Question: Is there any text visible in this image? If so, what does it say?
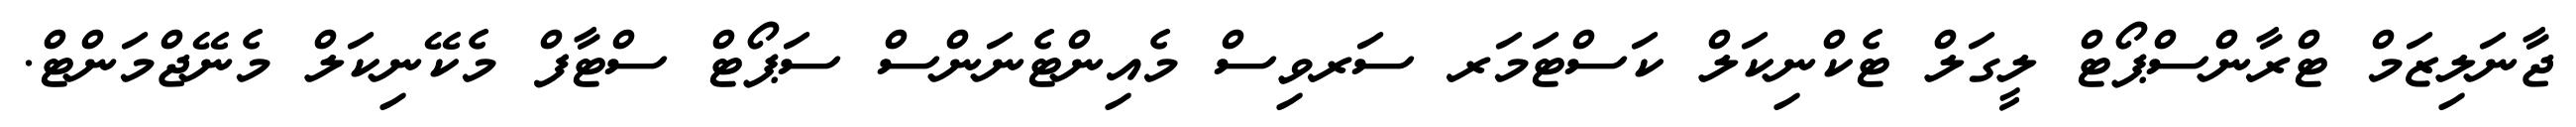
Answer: ޖާނަލިޒަމް ޓްރާންސްޕޯޓް ލީގަލް ޓެކްނިކަލް ކަސްޓަމަރ ސަރވިސް މެއިންޓެނަންސް ސަޕޯޓް ސްޓާފް މެކޭނިކަލް މެނޭޖްމަންޓް.